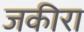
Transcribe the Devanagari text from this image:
जकीरा